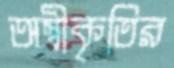
অস্বীকৃতির